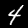
Digit: 4